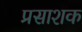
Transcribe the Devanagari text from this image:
प्रसाशक